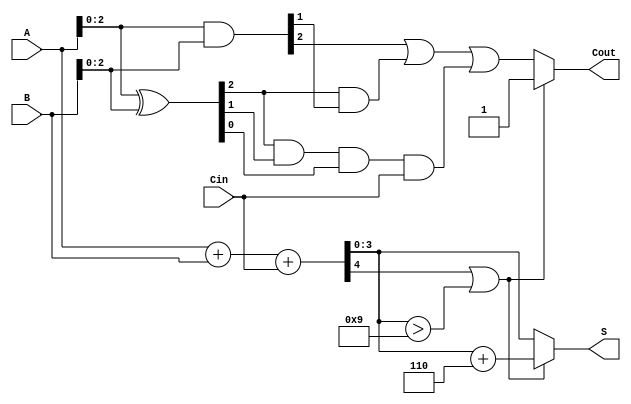
module BCD_Carry_Lookahead_Adder (
    input  [3:0] A,      // First BCD digit
    input  [3:0] B,      // Second BCD digit
    input        Cin,     // Carry-in
    output [3:0] S,      // BCD sum
    output       Cout     // Carry-out
);

    wire [4:0] S_temp;   // Temporary sum that includes carry
    wire [3:0] P;        // Propagate signals
    wire [3:0] G;        // Generate signals
    wire C1, C2, C3;     // Carry signals

    // Generate propagate and generate signals
    assign P = A ^ B;    // P = A  B
    assign G = A & B;    // G = A  B

    // Carry generation using lookahead logic
    assign C1 = G[0] | (P[0] & Cin);                 // C1 = G0 + (P0  Cin)
    assign C2 = G[1] | (P[1] & G[0]) | (P[1] & P[0] & Cin); // C2 = G1 + (P1  G0) + (P1  P0  Cin)
    assign C3 = G[2] | (P[2] & G[1]) | (P[2] & P[1] & P[0] & Cin); // C3 = G2 + (P2  G1) + (P2  P1  P0  Cin)

    // Calculate the initial sum
    assign S_temp = A + B + Cin; // S = A + B + Cin

    // Correction logic: check if S_temp > 9
    wire correction_needed;
    assign correction_needed = S_temp[4] | (S_temp[3:0] > 4'b1001); // S[4] == 1 or S[3:0] > 9

    // Corrected sum
    assign S = correction_needed ? (S_temp[3:0] + 4'b0110) : S_temp[3:0]; // S_corrected = S + 6 if correction needed

    // Carry-out
    assign Cout = correction_needed ? 1'b1 : C3; // Carry-out is set if correction is needed or the last carry

endmodule